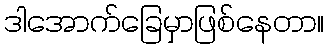
ဒါအောက်ခြေမှာဖြစ်နေတာ။